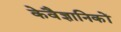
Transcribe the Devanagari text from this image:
केवैज्ञानिकों